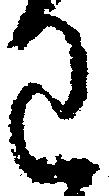
わ